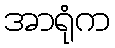
အာရုံက